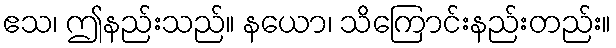
ဧသ၊ ဤနည်းသည်။ နယော၊ သိကြောင်းနည်းတည်း။